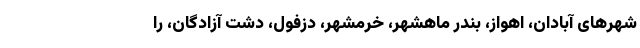
شهرهای آبادان، اهواز، بندر ماهشهر، خرمشهر، دزفول، دشت آزادگان، را